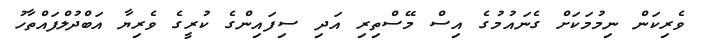
ވެރިކަން ނިމުމަކަށް ގެނައުމުގެ އިސް މޭސްތިރި އަދި ސިފައިންގެ ކުރީގެ ވެރިޔާ އަބްދުލްފައްތާހު